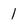
Character: I